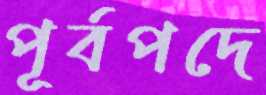
পূর্বপদে